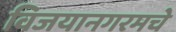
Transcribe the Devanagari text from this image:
विजयानगरमचे